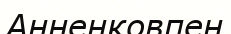
Анненковпен